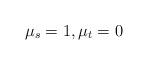
LaTeX: \begin{align*} \mu_s=1, \mu_t=0\end{align*}